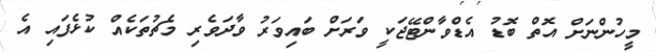
މީހުންނަށް އޮތް ބޮޑު އެޑްވާންޓޭޖަކީ ވަރަށް ބައިވަރު ވާދަވެރި މެޗުތަކެއް ކުޅެފައި އެ